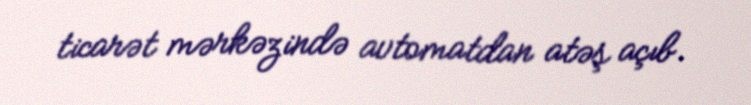
ticarət mərkəzində avtomatdan atəş açıb.